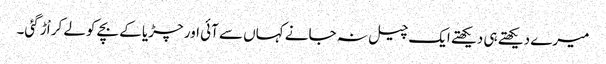
میرے دیکھتے ہی دیکھتے ایک چیل نہ جانے کہاں سے آئی اور چڑیا کے بچے کولے کر اْڑ گئی۔